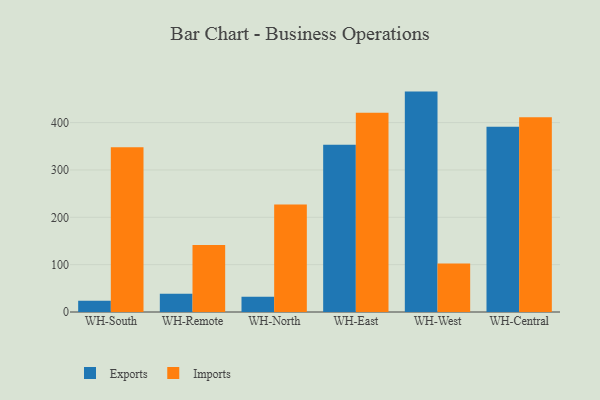
{"axis": {"x": "Warehouse", "y": "Shipments"}, "legend": ["Exports", "Imports"], "data": [{"x": "WH-South", "y": 24.0, "type": "Exports"}, {"x": "WH-South", "y": 347.7, "type": "Imports"}, {"x": "WH-Remote", "y": 38.3, "type": "Exports"}, {"x": "WH-Remote", "y": 141.5, "type": "Imports"}, {"x": "WH-North", "y": 32.4, "type": "Exports"}, {"x": "WH-North", "y": 227.1, "type": "Imports"}, {"x": "WH-East", "y": 353.4, "type": "Exports"}, {"x": "WH-East", "y": 420.6, "type": "Imports"}, {"x": "WH-West", "y": 465.5, "type": "Exports"}, {"x": "WH-West", "y": 102.5, "type": "Imports"}, {"x": "WH-Central", "y": 391.1, "type": "Exports"}, {"x": "WH-Central", "y": 411.5, "type": "Imports"}]}